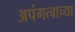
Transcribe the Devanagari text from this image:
अपंगत्वाच्या